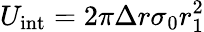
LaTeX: U_{\mathrm{int}}=2\pi\Delta r\sigma_{0}r_{1}^{2}